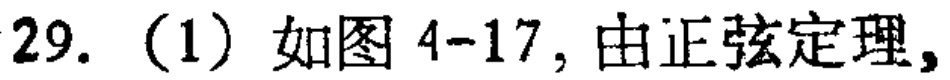
29.（1）如图4-17，由正弦定理，